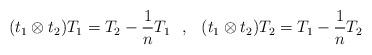
LaTeX: \begin{align*}(t_1 \otimes t_2 )T_1 =T_2 -\frac{1}{n}T_1 \hskip 0.3 cm , \hskip 0.3 cm (t_1 \otimes t_2 )T_2 =T_1 -\frac{1}{n}T_2 \end{align*}